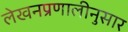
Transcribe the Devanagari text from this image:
लेखनप्रणालीनुसार